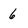
Character: 6